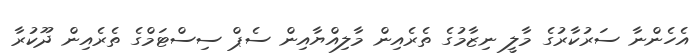
އެހެންނާ ސަރުކާރުގެ މާލީ ނިޒާމުގެ ތެރެއިން މާލިއްޔާއިން ސެޕް ސިސްޓަމްގެ ތެރެއިން ދޫކުރާ